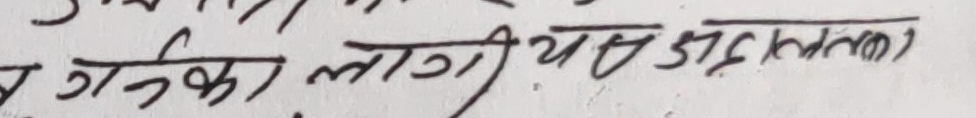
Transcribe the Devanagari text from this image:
वगका लागि यस उपलब्धक